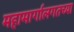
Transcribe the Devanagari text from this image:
महामार्गालगतच्या